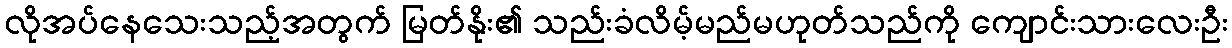
လိုအပ်နေသေးသည့်အတွက် မြတ်နိုး၏ သည်းခံလိမ့်မည်မဟုတ်သည်ကို ကျောင်းသားလေးဦး